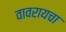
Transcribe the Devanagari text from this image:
वावरायचा